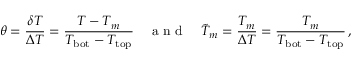
\theta = \frac { \delta T } { \Delta T } = \frac { T - T _ { m } } { T _ { \mathrm { b o t } } - T _ { \mathrm { t o p } } } \quad \mathrm { ~ a ~ n ~ d ~ } \quad \Tilde { T } _ { m } = \frac { T _ { m } } { \Delta T } = \frac { T _ { m } } { T _ { \mathrm { b o t } } - T _ { \mathrm { t o p } } } \, ,